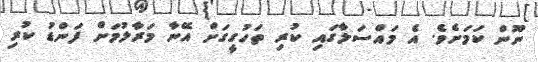
ނޫން ކަމަށެވެ. އެ މައްސަލާގައި ކުރި ތަހުގީގަށް އޭނާ މަރާލުމަށް ފަންޑު ކުރި